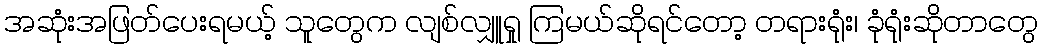
အဆုံးအဖြတ်ပေးရမယ့် သူတွေက လျစ်လျှူရှု ကြမယ်ဆိုရင်တော့ တရားရုံး၊ ခုံရုံးဆိုတာတွေ